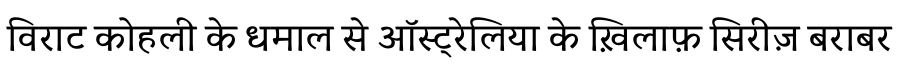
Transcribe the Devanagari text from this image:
विराट कोहली के धमाल से ऑस्ट्रेलिया के ख़िलाफ़ सिरीज़ बराबर